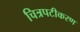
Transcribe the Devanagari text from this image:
चित्रपटीकरण